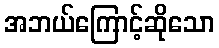
အဘယ်ကြောင့်ဆိုသော